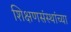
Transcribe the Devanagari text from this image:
शिक्षणसंस्थांच्या